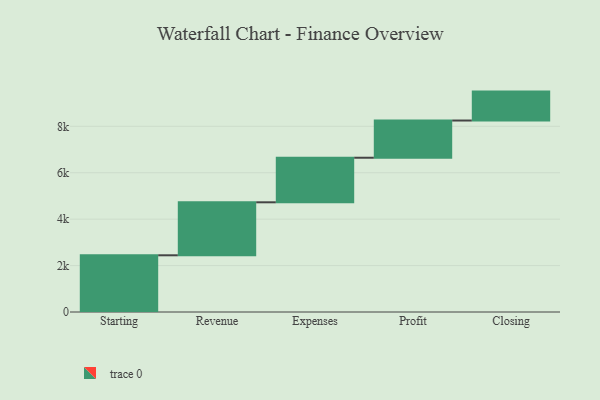
{"axis": {"x": "Step", "y": "Value"}, "legend": [""], "data": [{"x": "Starting", "y": 2443.0, "type": ""}, {"x": "Revenue", "y": 2283.0, "type": ""}, {"x": "Expenses", "y": 1920.0, "type": ""}, {"x": "Profit", "y": 1603.0, "type": ""}, {"x": "Closing", "y": 1246.0, "type": ""}]}